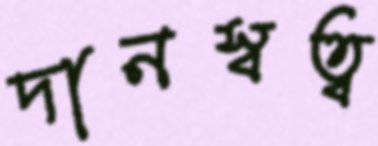
দানস্বত্ব